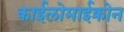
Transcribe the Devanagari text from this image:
काईलोमाईक्रोन